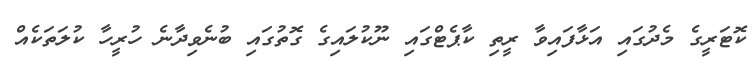
ކޮޓަރީގެ މެދުގައި އަޅާފައިވާ ރީތި ކާޕެޓްގައި ނޫކުލައިގެ ގޮތުގައި ބުނެވިދާނެ ހުރީހާ ކުލަތަކެއް